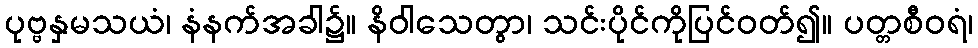
ပုဗ္ဗနှမသယံ၊ နံနက်အခါ၌။ နိဝါသေတွာ၊ သင်းပိုင်ကိုပြင်ဝတ်၍။ ပတ္တစီဝရံ၊